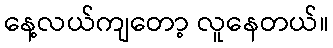
နေ့လယ်ကျတော့ လူနေတယ်။